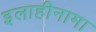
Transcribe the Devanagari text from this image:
इलाहीनामा